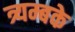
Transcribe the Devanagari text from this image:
त्र्यम्बके